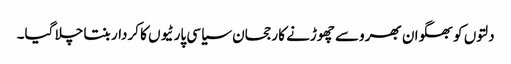
دلتوں کو بھگوان بھروسے چھوڑنے کا رجحان سیاسی پارٹیوں کا کردار بنتا چلا گیا۔